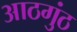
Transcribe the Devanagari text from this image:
आठगुंठ